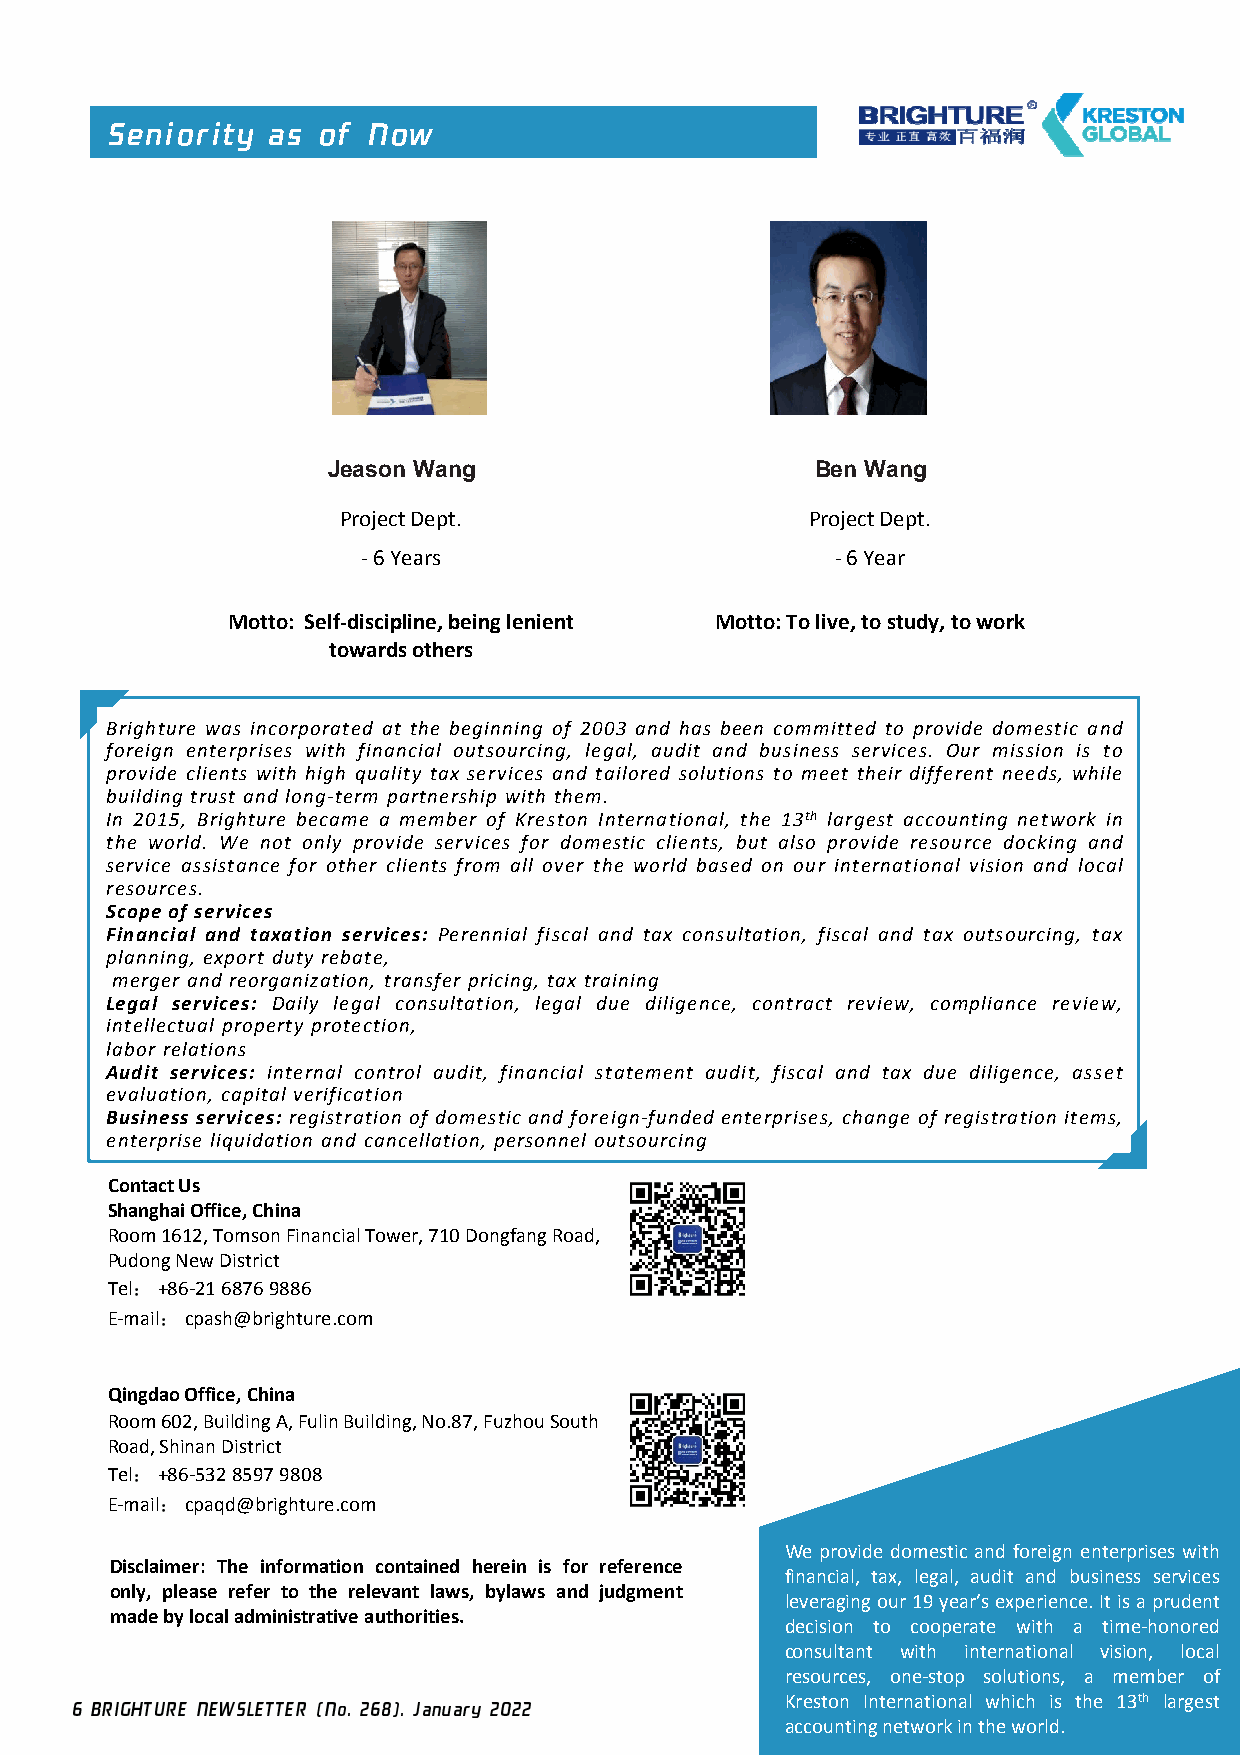
Seniority  as of Now
 Jeason Wang                     Ben Wang
 Project Dept.                  Project Dept.
 -6 Years                       -6 Year
 Motto: Self-discipline, being lenient Motto: To live, to study, to work
 towards others
 Brighture was incorporated at the beginning of 2003 and has been committed to provide domestic and
 foreign enterprises with financial outsourcing, legal, audit and business services. Our mission is to
 provide clients with high quality tax services and tailored solutions to meet their different needs, while
 building trust and long-term partnership with them.
 In 2015, Brighture became a member of Kreston International, the 13th largest accounting network in
 the world. We not only provide services for domestic clients, but also provide resource docking and
 service assistance for other clients from all over the world based on our international vision and local
 resources.
 Scope of services
 Financial and taxation services: Perennial fiscal and tax consultation, fiscal and tax outsourcing, tax
 planning, export duty rebate,
 merger and reorganization, transfer pricing, tax training
 Legal services: Daily legal consultation, legal due diligence, contract review, compliance review,
 intellectual property protection,
 labor relations
 Audit services: internal control audit, financial statement audit, fiscal and tax due diligence, asset
 evaluation, capital verification
 Business services: registration of domestic and foreign-funded enterprises, change of registration items,
 enterprise liquidation and cancellation, personnel outsourcing
 Contact Us
 Shanghai Office, China
 Room 1612, Tomson Financial Tower, 710 Dongfang Road,
 PudongNew District
 Tel：+86-21 6876 9886
 E-mail：cpash@brighture.com
 Qingdao Office, China
 Room 602, Building A, FulinBuilding, No.87, Fuzhou South
 Road, ShinanDistrict
 Tel：+86-532 8597 9808
 E-mail：cpaqd@brighture.com
 We provide domestic and foreign enterprises with
 Disclaimer: The information contained herein is for reference
 financial, tax, legal, audit and business services
 only, please refer to the relevant laws, bylaws and judgment
 leveragingour19year’sexperience.Itisaprudent
 madebylocaladministrativeauthorities.
 decision to cooperate with a time-honored
 consultant with international vision, local
 resources, one-stop solutions, a member of
 Kreston International which is the 13th largest
 6 BRIGHTURE NEWSLETTER (No. 268). January 2022
 accountingnetworkintheworld.